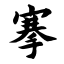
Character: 搴